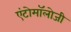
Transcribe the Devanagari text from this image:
एंटोमॉलोजी